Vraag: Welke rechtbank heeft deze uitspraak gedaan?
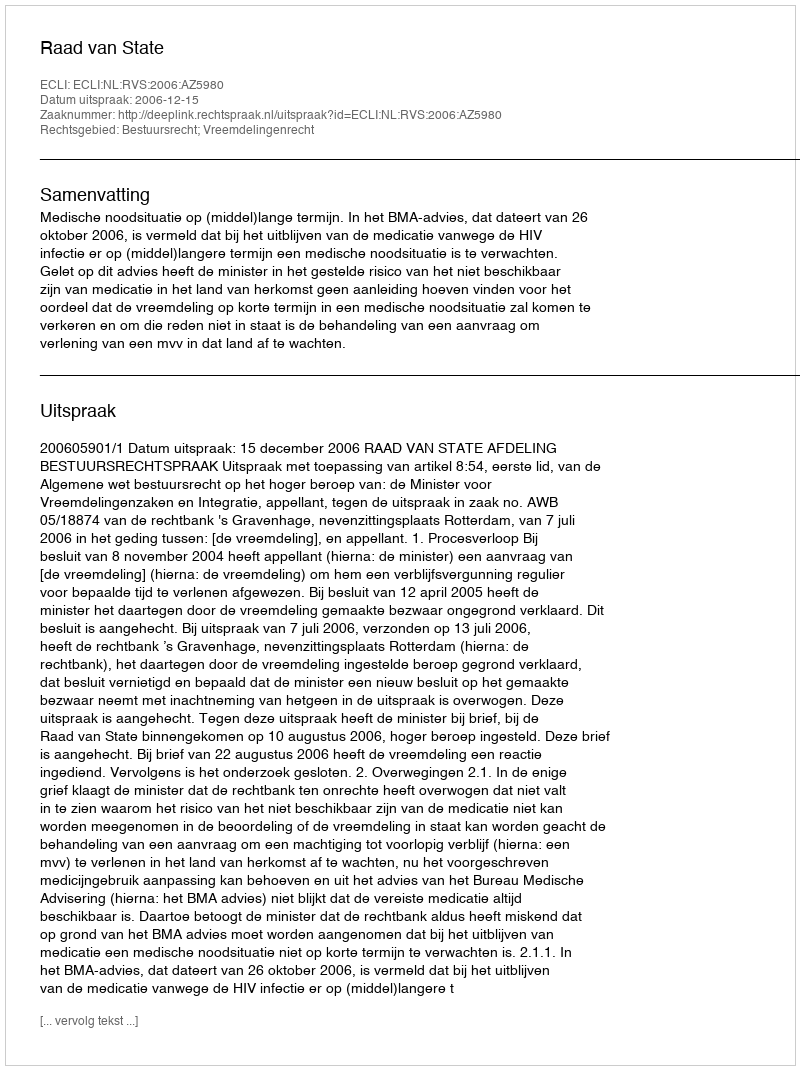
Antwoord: Raad van State